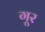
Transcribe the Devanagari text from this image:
गूर